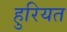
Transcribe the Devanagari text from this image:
हुरियत